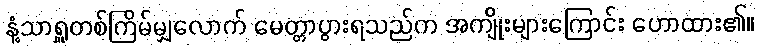
နံ့သာရှူတစ်ကြိမ်မျှလောက် မေတ္တာပွားရသည်က အကျိုးများကြောင်း ဟောထား၏။